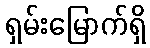
ရှမ်းမြောက်ရှိ